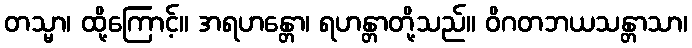
တသ္မာ၊ ထို့ကြောင့်။ အရဟန္တော၊ ရဟန္တာတို့သည်။ ဝိဂတဘယသန္တာသာ၊